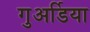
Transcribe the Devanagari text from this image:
गुअर्डिया